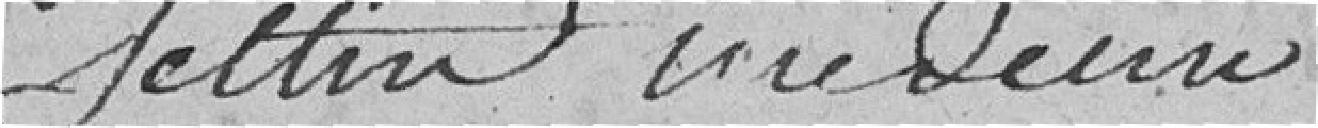
Settin   Desire